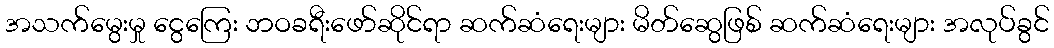
အသက်မွေးမှု ငွေကြေး ဘဝခရီးဖော်ဆိုင်ရာ ဆက်ဆံရေးများ မိတ်ဆွေဖြစ် ဆက်ဆံရေးများ အလုပ်ခွင်